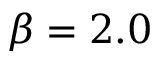
\beta = 2 . 0